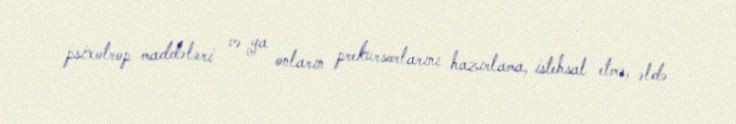
psixotrop maddələri və ya onların prekursorlarını hazırlama, istehsal etmə, əldə